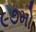
૯૭મો